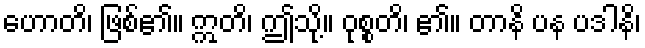
ဟောတိ၊ ဖြစ်၏။ ဣတိ၊ ဤသို့။ ဝုစ္စတိ၊ ၏။ တာနိ ပန ပဒါနိ၊